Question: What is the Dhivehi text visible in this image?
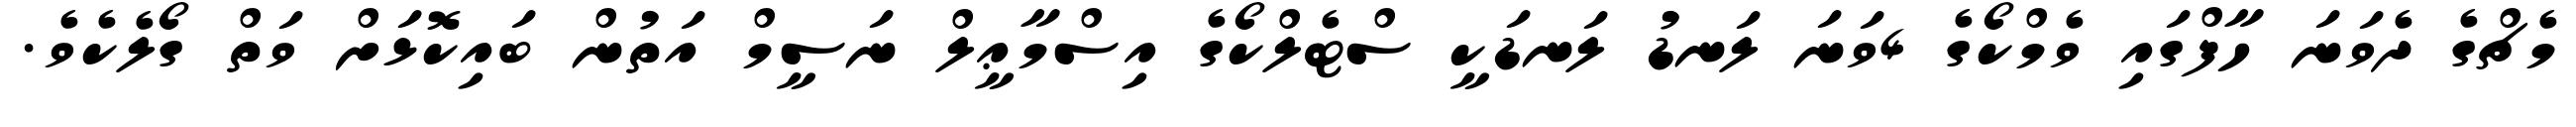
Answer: މެޗްގެ ދެވަނަ ހާފްގައި ވެމްކޯގެ 4ވަނަ ލަނޑު ލަނޑަކީ ސްޓެލްކޯގެ އިސްމާޢީލް ނަސީމް އަތުން ބައިކޮޅަށް ވަތް ގޯލެކެވެ.